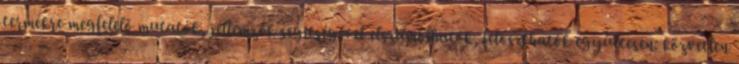
termékre megfelelő mutatók, jellemzők segítségével elszámolhatók, feloszthatók együttesen: közvetlen